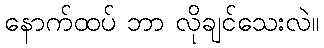
နောက်ထပ် ဘာ လိုချင်သေးလဲ။